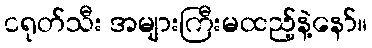
ငရုတ်သီး အများကြီးမထည့်နဲ့နော်။